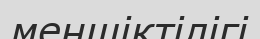
меншіктілігі